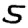
Digit: 5